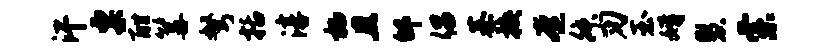
汗粟酣篝弩括淳栖且邰倡綦换奄舛刃玉婿慧索